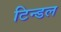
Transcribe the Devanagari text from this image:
टिन्डल